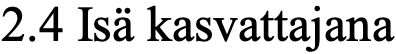
2.4 Isä kasvattajana